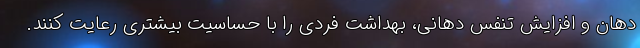
دهان و افزایش تنفس دهانی، بهداشت فردی را با حساسیت بیشتری رعایت کنند.